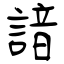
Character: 諳